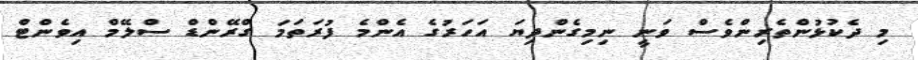
މި ދެކުޅުންތެރިންވެސް ވަނީ ނިމިގެންދިޔަ އަހަރުގެ އެންމެ ފުރަތަމަ ގްރޭންޑް ސްލޭމް އިވެންޓް